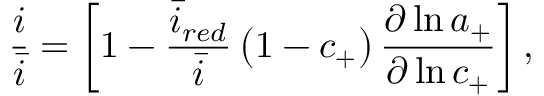
\frac { i } { \bar { i } } = \left[ 1 - \frac { \bar { i } _ { r e d } } { \bar { i } } \left( 1 - c _ { + } \right) \frac { \partial \ln { a _ { + } } } { \partial \ln { c _ { + } } } \right] ,